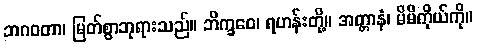
ဘဂဝတာ၊ မြတ်စွာဘုရားသည်။ ဘိက္ခဝေ၊ ရဟန်းတို့။ အတ္တာနံ၊ မိမိကိုယ်ကို။